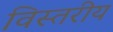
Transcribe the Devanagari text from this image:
विस्तरीय